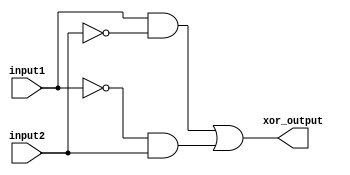
module xor_using_pass_gates (
    input input1,
    input input2,
    output xor_output
);

wire pass_gate_output1, pass_gate_output2;

assign pass_gate_output1 = input1 & ~input2;
assign pass_gate_output2 = ~input1 & input2;

assign xor_output = pass_gate_output1 | pass_gate_output2;

endmodule